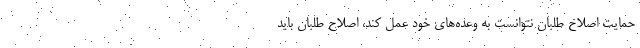
حمایت اصلاح طلبان نتوانست به وعده‌های خود عمل کند، اصلاح طلبان باید